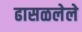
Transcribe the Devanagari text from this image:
ढासळलेले